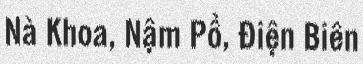
Nà Khoa, Nậm Pồ, Điện Biên